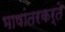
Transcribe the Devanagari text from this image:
भाषांतरकर्ते